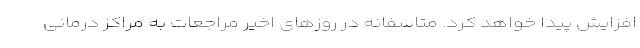
افزایش پیدا خواهد کرد. متاسفانه در روزهای اخیر مراجعات به مراکز درمانی